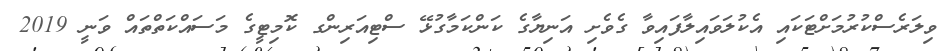
ވިލަރެސްކުރުމަށްޓަކައި އެކުލަވައިލާފައިވާ ގެވެށި އަނިޔާގެ ކަންކަމާގުޅޭ ސްޓިއަރިންގ ކޮމިޓީގެ މަސައްކަތްތައް ވަނީ 2019